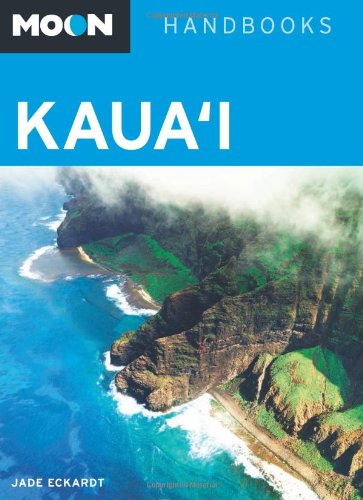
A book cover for Moon Kaua'i (Moon Handbooks); Jade Eckardt; Travel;